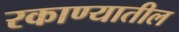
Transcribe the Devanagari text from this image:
रकाण्यातील